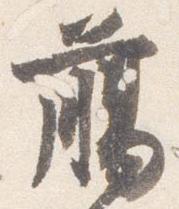
臈